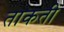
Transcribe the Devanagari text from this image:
ताकती